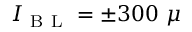
I _ { \mathrm { ~ B ~ L ~ } } = \pm 3 0 0 ~ \mu